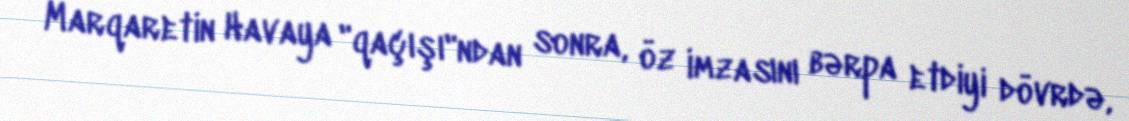
Marqaretin Havaya "qaçışı"ndan sonra, öz imzasını bərpa etdiyi dövrdə,